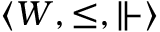
\langle W , \leq , \Vdash \rangle